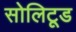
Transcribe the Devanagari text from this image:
सोलिटूड